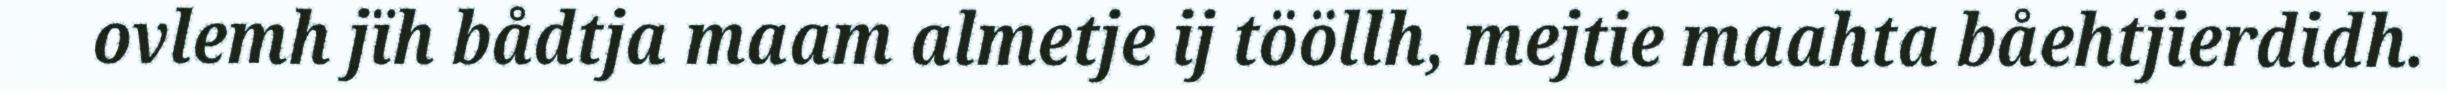
ovlemh jïh bådtja maam almetje ij tööllh, mejtie maahta båehtjierdidh.